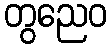
တွညေဝ